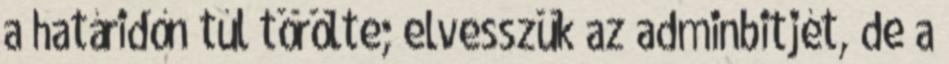
a határidőn túl törölte; elvesszük az adminbitjét, de a